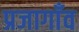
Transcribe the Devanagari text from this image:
प्रजागाँव